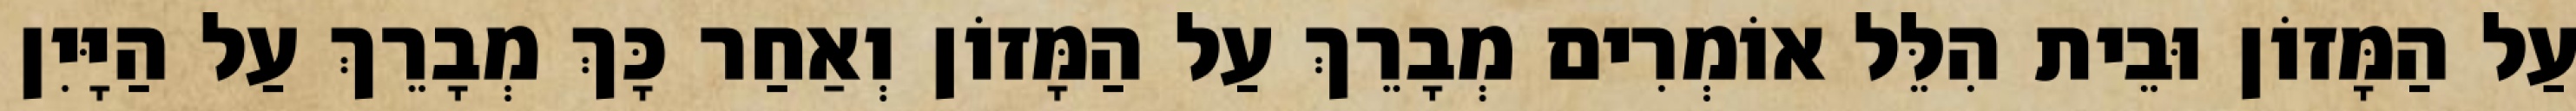
עַל הַמָּזוֹן וּבֵית הִלֵּל אוֹמְרִים מְבָרֵךְ עַל הַמָּזוֹן וְאַחַר כָּךְ מְבָרֵךְ עַל הַיָּיִן